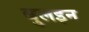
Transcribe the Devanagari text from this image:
बुलइन